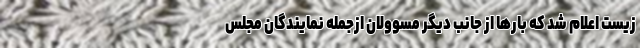
زیست اعلام شد که بارها از جانب دیگر مسوولان ازجمله نمایندگان مجلس